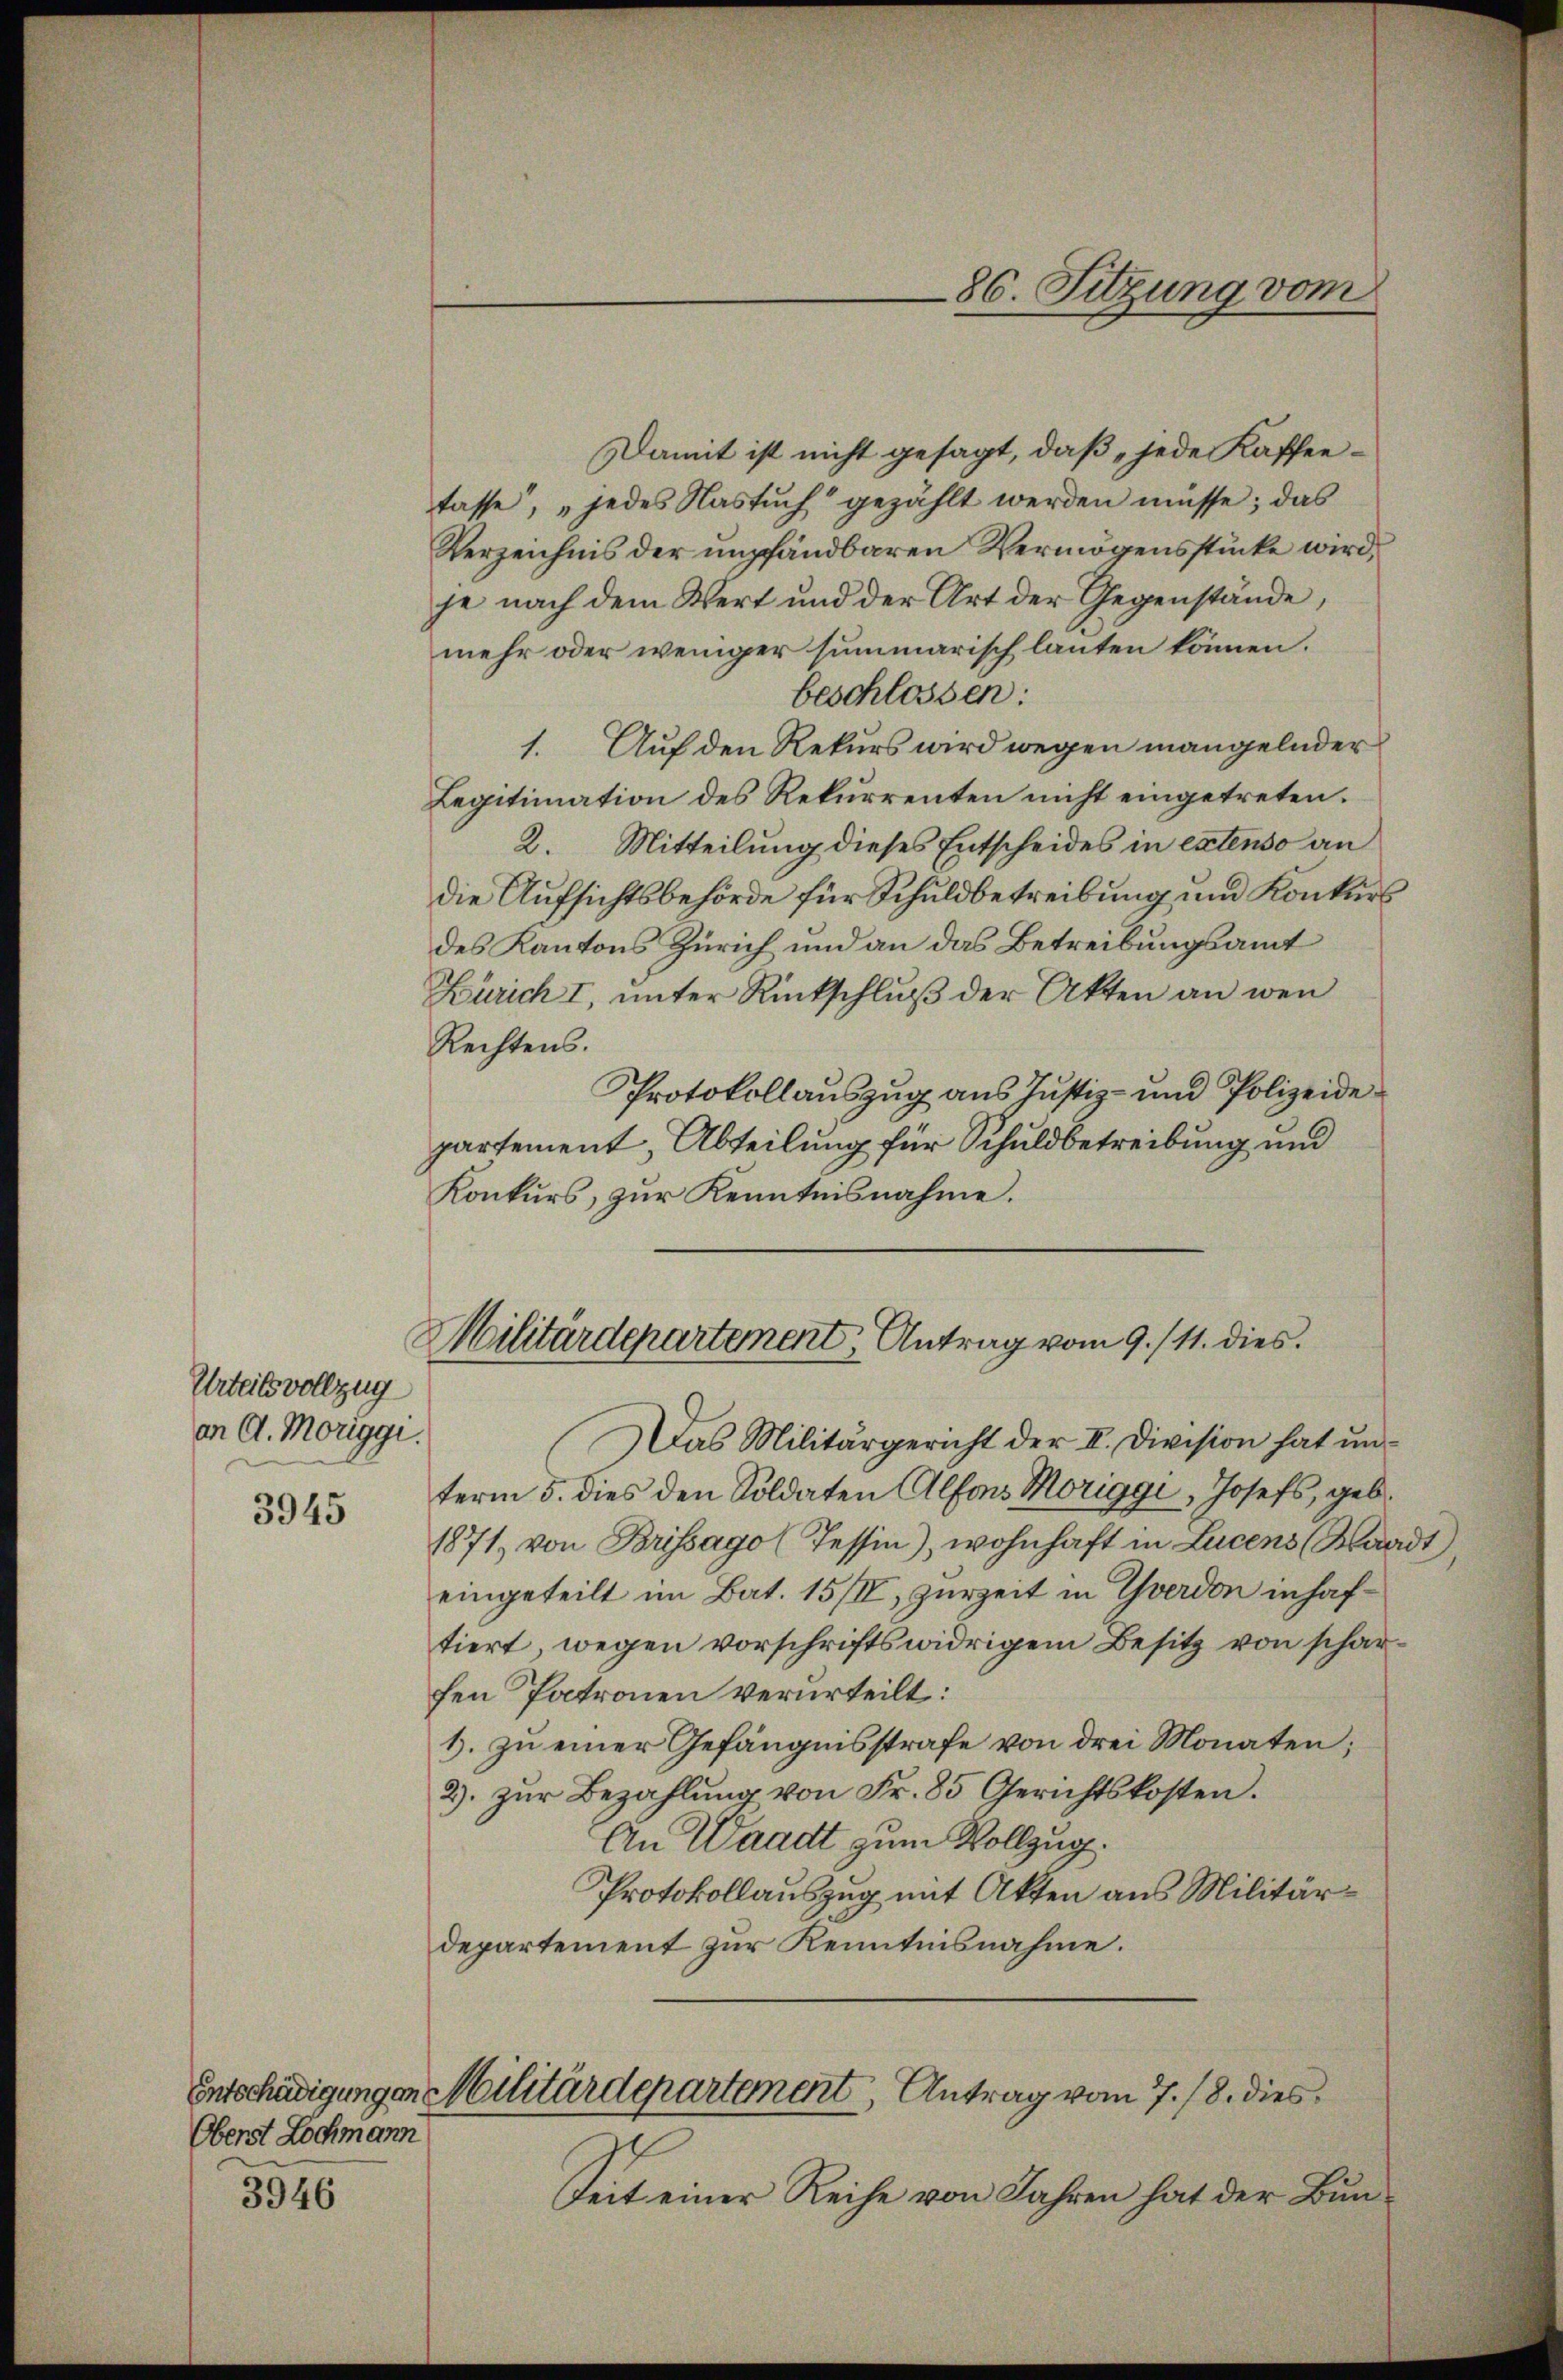
Urteils vollzug
an A. Moriggi.

3945

Damit ist nicht gesagt, daß „jede Kaffeefasse, „jedes Nastuch“ gezählt werden müsse; das
Verzeichnis der empfändbaren Vermögensstücke wird,
je nach dem Wert und der Art der Gegenstände,
mehr oder weniger summarisch lauten können.
beschlossen:
1. Auf den Rekurs wird wegen mangelnder
Legitimation des Rekurrenten nicht eingetreten.
2. Mitteilung dieses Entscheides in extenso an
die Aufsichtsbehörde für Schuldbetreibung und Konkurs
des Kantons Zürich und an das Betreibungsamt
Zürich I, unter Rückschluß der Akten an wen
Rechtens.
Protokollauszug aus Justiz- und Polizeide
partement, Abteilung für Schuldbetreibung und
Konkurs, zur Kenntnisnahme.

Oberst Lochmann
3946

Das Militärgericht der II. Division hat unterm 5. dies den Soldaten Alfons Moriggi, Josefs, geb.
1871 von Brissago (Tessin), wohnhaft in Lucens (Waadt,
eingeteilt im Bat. 15/II, zurzeit in Yverdon inhaftiert wegen vorschriftswidrigem Besitz von schärfen Patronen verurteilt:
1. zu einer Gefängnisstrafe von drei Monaten;
2) zur Bezahlung von Fr. 85 Gerichtskosten.
An Waadt zum Vollzug.
Protokollauszug mit Akten aus Militärdepartement zur Kenntnisnahme.
Entschädigungen Militärdepartement, Antrag vom 7. 18. dies
Seit einer Reihe von Jahren hat der Bun¬

86. Sitzung vom

Militärdepartement Antrag vom 9./11. dies